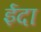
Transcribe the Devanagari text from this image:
ईदा